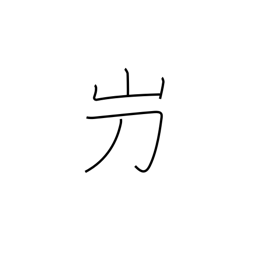
Meaning: used in proper names